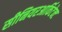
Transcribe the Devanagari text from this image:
सीनियरआर्किटेक्ट